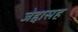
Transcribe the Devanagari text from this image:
जेद्दासह